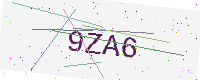
Text: 9ZA6